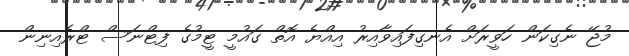
މުޖޭ ނެގިކަން ހަވީރަށް އެނގިފައިވާއިރު އިއްޔެ އޮތް ގައުމީ ޓީމުގެ ފިޓްނަސް ޓްރެއިނިން